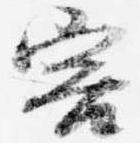
害